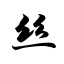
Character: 丝